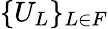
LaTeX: \{ U_{L}\} _{L\in F}